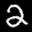
Label: 2